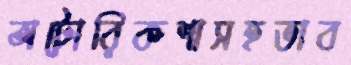
অটোরিকশাসহভাব